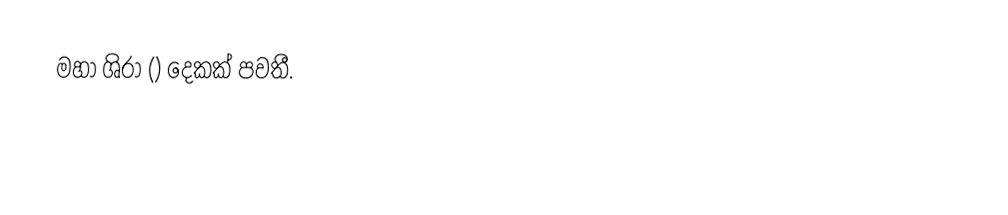
මහා ශිරා () දෙකක් පවතී.